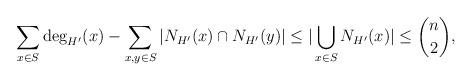
LaTeX: \begin{align*}\sum_{x\in S} \deg_{H'}(x) - \sum_{x, y\in S} | N_{H'}(x) \cap N_{H'}(y) | \le | \bigcup_{x\in S} N_{H'}(x) | \le \binom{n}{2},\end{align*}